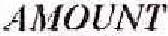
AMOUNT